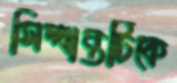
সিদ্ধান্তটিকে